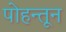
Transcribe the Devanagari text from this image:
पोहन्तून